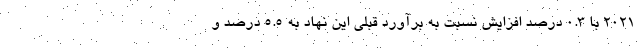
۲۰۲۱ با ۰.۳ درصد افزایش نسبت به برآورد قبلی این نهاد به ۵.۵ درصد و